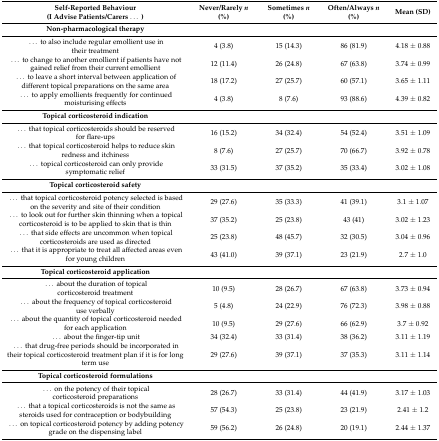
<table><thead><tr><td><b>Self-Reported Behaviour (I Advise Patients/Carers...)</b></td><td><b>Never/Rarely <i>n</i> (%)</b></td><td><b>Sometimes <i>n</i> (%)</b></td><td><b>Often/Always <i>n</i> (%)</b></td><td><b>Mean (SD)</b></td></tr></thead><tbody><tr><td><b>Non-pharmacological therapy</b></td><td></td><td></td><td></td><td></td></tr><tr><td>... to also include regular emollient use in their treatment</td><td>4 (3.8)</td><td>15 (14.3)</td><td>86 (81.9)</td><td>4.18 ± 0.88</td></tr><tr><td>... to change to another emollient if patients have not gained relief from their current emollient</td><td>12 (11.4)</td><td>26 (24.8)</td><td>67 (63.8)</td><td>3.74 ± 0.99</td></tr><tr><td>...to leave a short interval between application of different topical preparations on the same area</td><td>18 (17.2)</td><td>27 (25.7)</td><td>60 (57.1)</td><td>3.65 ± 1.11</td></tr><tr><td>... to apply emollients frequently for continued moisturising effects</td><td>4 (3.8)</td><td>8 (7.6)</td><td>93 (88.6)</td><td>4.39 ± 0.82</td></tr><tr><td><b>Topical corticosteroid indication</b></td><td></td><td></td><td></td><td></td></tr><tr><td>...that topical corticosteroids should be reserved for flare-ups</td><td>16 (15.2)</td><td>34 (32.4)</td><td>54 (52.4)</td><td>3.51 ± 1.09</td></tr><tr><td>... that topical corticosteroid helps to reduce skin redness and itchiness</td><td>8 (7.6)</td><td>27 (25.7)</td><td>70 (66.7)</td><td>3.92 ± 0.78</td></tr><tr><td>...topical corticosteroid can only provide symptomatic relief</td><td>33 (31.5)</td><td>37 (35.2)</td><td>35 (33.4)</td><td>3.02 ± 1.08</td></tr><tr><td><b>Topical corticosteroid safety</b></td><td></td><td></td><td></td><td></td></tr><tr><td>... that topical corticosteroid potency selected is based on the severity and site of their condition</td><td>29 (27.6)</td><td>35 (33.3)</td><td>41 (39.1)</td><td>3.1 ± 1.07</td></tr><tr><td>... to look out for further skin thinning when a topical corticosteroid is to be applied to skin that is thin</td><td>37 (35.2)</td><td>25 (23.8)</td><td>43 (41)</td><td>3.02 ± 1.23</td></tr><tr><td>... that side effects are uncommon when topical corticosteroids are used as directed</td><td>25 (23.8)</td><td>48 (45.7)</td><td>32 (30.5)</td><td>3.04 ± 0.96</td></tr><tr><td>... that it is appropriate to treat all affected areas even for young children</td><td>43 (41.0)</td><td>39 (37.1)</td><td>23 (21.9)</td><td>2.7 ± 1.0</td></tr><tr><td><b>Topical corticosteroid application</b></td><td></td><td></td><td></td><td></td></tr><tr><td>... about the duration of topical corticosteroid treatment</td><td>10 (9.5)</td><td>28 (26.7)</td><td>67 (63.8)</td><td>3.73 ± 0.94</td></tr><tr><td>... about the frequency of topical corticosteroid use verbally</td><td>5 (4.8)</td><td>24 (22.9)</td><td>76 (72.3)</td><td>3.98 ± 0.88</td></tr><tr><td>...about the quantity of topical corticosteroid needed for each application</td><td>10 (9.5)</td><td>29 (27.6)</td><td>66 (62.9)</td><td>3.7 ± 0.92</td></tr><tr><td>...about the finger-tip unit</td><td>34 (32.4)</td><td>33 (31.4)</td><td>38 (36.2)</td><td>3.11 ± 1.19</td></tr><tr><td>... that drug-free periods should be incorporated in their topical corticosteroid treatment plan if it is for long term use</td><td>29 (27.6)</td><td>39 (37.1)</td><td>37 (35.3)</td><td>3.11 ± 1.14</td></tr><tr><td><b>Topical corticosteroid formulations</b></td><td></td><td></td><td></td><td></td></tr><tr><td>...on the potency of their topical corticosteroid preparations</td><td>28 (26.7)</td><td>33 (31.4)</td><td>44 (41.9)</td><td>3.17 ± 1.03</td></tr><tr><td>...that a topical corticosteroids is not the same as steroids used for contraception or bodybuilding</td><td>57 (54.3)</td><td>25 (23.8)</td><td>23 (21.9)</td><td>2.41 ± 1.2</td></tr><tr><td>...on topical corticosteroid potency by adding potency grade on the dispensing label</td><td>59 (56.2)</td><td>26 (24.8)</td><td>20 (19.1)</td><td>2.44 ± 1.37</td></tr></tbody></table>